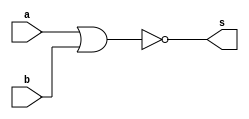
// -------------------------
// Exercicio002 - nor
// Nome: Rafael Guimaraes de Sousa
// -------------------------

module norgate (output s, input a, input b);
assign s = ~(a|b);
endmodule

module testeNor;

wire s;
reg a, b;

norgate NO1 (s,a,b);

initial begin:start

a=0;
b=0;

end

initial begin:main
$display("Exercicio 002 - Rafael Guimaraes de Sousa - 451607");
$display("Test nor:");
$monitor("%d\t%b nor %b = %b", $time, a, b, s);
#1 a = 0;b=1;
#1 a=1; b=0;
#2 a = 1;b=1;
end
endmodule